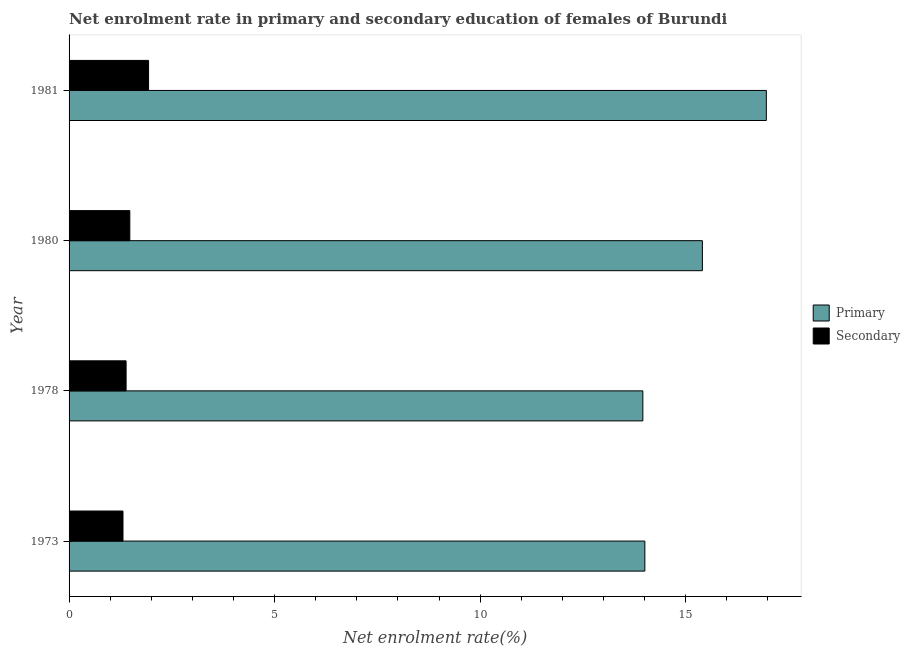
| Year | Primary | Secondary |
 | --- | --- | --- |
 | 1973 | 14 | 1.31 |
 | 1978 | 14 | 1.39 |
 | 1980 | 15.4 | 1.48 |
 | 1981 | 17 | 1.93 |